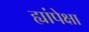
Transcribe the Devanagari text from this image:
ह्यांपेक्षा